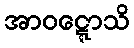
အာဝဋ္ဋောသိ